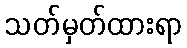
သတ်မှတ်ထားရာ